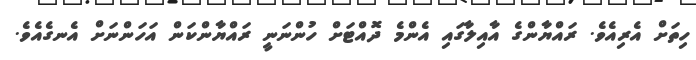
ހިތަށް އެރިއެވެ. ރައްޔާންގެ އާއިލާގައި އެންމެ ދޮއްޓަށް ހުންނަނީ ރައްޔާންކަން އަހަންނަށް އެނގެއެވެ.